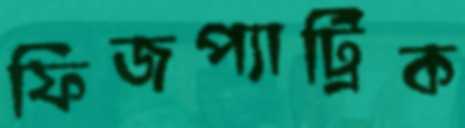
ফিজপ্যাট্রিক